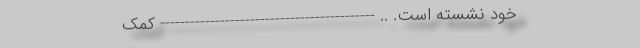
خود نشسته است. .. ------------------------------------------- کمک